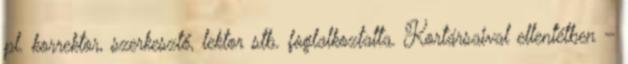
pl. korrektor, szerkesztő, lektor stb. foglalkoztatta. Kortársaival ellentétben –